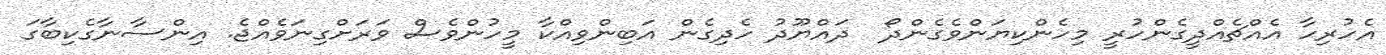
އެހުރިހާ އެއްޗެއްދީގެންހުރީ މިހެންކިޔަންވެގެންދޯ  ދައްޔޫދު ހެދިގެން އަބިންވިއްކާ މީހުންވެސް ވަރަށްގިނަވެއްޖެ. އިންސާނާގެކިބާގަ